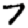
Digit: 7